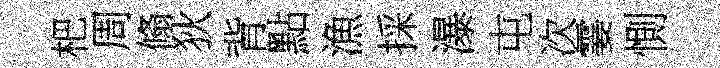
杷周翛狄背點漁採瀑屯次霎惻